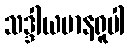
သဒ္ဒါယမာနရူပါ